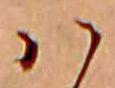
ハ